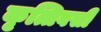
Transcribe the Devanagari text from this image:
कृत्तिवसी